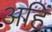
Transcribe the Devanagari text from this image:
अहिं